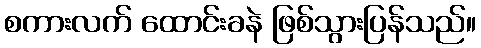
စကားလက် ထောင်းခနဲ ဖြစ်သွားပြန်သည်။